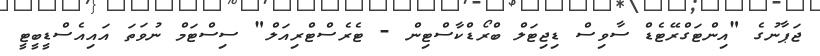
ޖަޕާނުގެ "އިންޓަގްރޭޓެޑް ސާވިސް ޑިޖިޓަލް ބްރޯޑްކާސްޓިން - ޓެރެސްޓްރިއަލް" ސިސްޓަމް ނުވަތަ އައިއެސްޑީބީޓީ